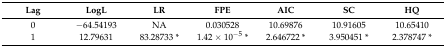
<table><thead><tr><td><b>Lag</b></td><td><b>LogL</b></td><td><b>LR</b></td><td><b>FPE</b></td><td><b>AIC</b></td><td><b>SC</b></td><td><b>HQ</b></td></tr></thead><tbody><tr><td>0</td><td>−64.54193</td><td>NA</td><td>0.030528</td><td>10.69876</td><td>10.91605</td><td>10.65410</td></tr><tr><td>1</td><td>12.79631</td><td>83.28733 *</td><td>1.42 × 10<sup>−5</sup> *</td><td>2.646722 *</td><td>3.950451 *</td><td>2.378747 *</td></tr></tbody></table>